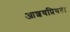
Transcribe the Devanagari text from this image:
आशयप्रियता